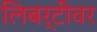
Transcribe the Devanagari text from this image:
लिबर्टीवर